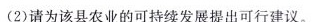
(2)请为该县农业的可持续发展提出可行建议。